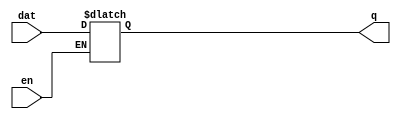
module top(input en, input dat, output reg q);
    always @* begin
        if (en)
           q <= dat;
    end
endmodule